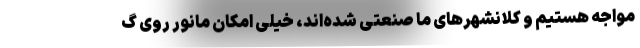
مواجه هستیم و کلانشهرهای ما صنعتی شده‌اند، خیلی امکان مانور روی گ